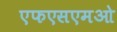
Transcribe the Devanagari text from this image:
एफएसएमओ